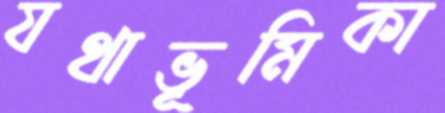
যথাভূমিকা